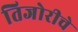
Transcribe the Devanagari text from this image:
तिजोरीचे